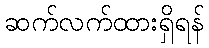
ဆက်လက်ထားရှိရန်